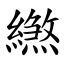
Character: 繺